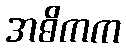
အဓိကက